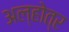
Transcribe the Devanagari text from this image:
अल्होत्र